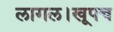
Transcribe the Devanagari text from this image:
लागल।खूपच